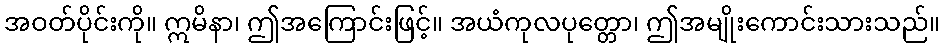
အဝတ်ပိုင်းကို။ ဣမိနာ၊ ဤအကြောင်းဖြင့်။ အယံကုလပုတ္တော၊ ဤအမျိုးကောင်းသားသည်။